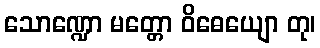
သောဏ္ဍော မတ္တော ဝိဓေယျော တု၊